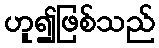
ဟူ၍ဖြစ်သည်